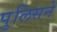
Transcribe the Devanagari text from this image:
पुलिसने